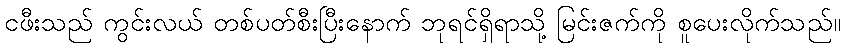
ငဖီးသည် ကွင်းလယ် တစ်ပတ်စီးပြီးနောက် ဘုရင်ရှိရာသို့ မြင်းဇက်ကို စူပေးလိုက်သည်။